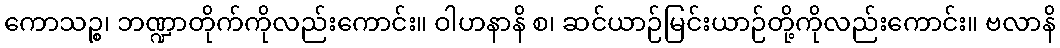
ကောသဉ္စ၊ ဘဏ္ဍာတိုက်ကိုလည်းကောင်း။ ဝါဟနာနိ စ၊ ဆင်ယာဉ်မြင်းယာဉ်တို့ကိုလည်းကောင်း။ ဗလာနိ